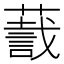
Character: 𬞛